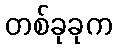
တစ်ခုခုက